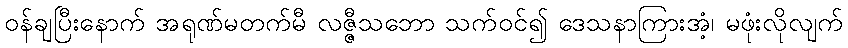
ဝန်ချပြီးနောက် အရုဏ်မတက်မီ လဇ္ဇီသဘော သက်ဝင်၍ ဒေသနာကြားအံ့၊ မဖုံးလိုလျက်